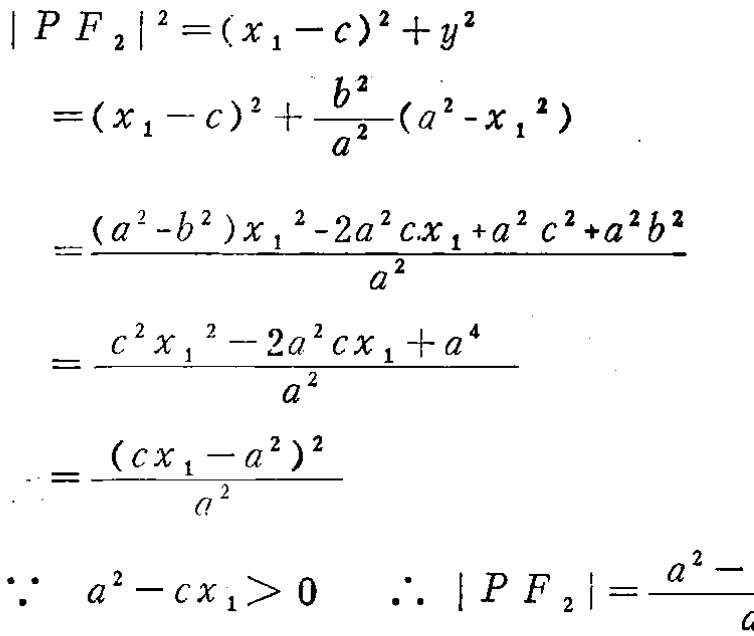
\[
\begin{align*}
\left|PF_{2}\right|^{2}&=(x_{1} - c)^{2}+y^{2}\\
&=(x_{1} - c)^{2}+\frac{b^{2}}{a^{2}}(a^{2}-x_{1}^{2})\\
&=\frac{(a^{2}-b^{2})x_{1}^{2}-2a^{2}cx_{1}+a^{2}c^{2}+a^{2}b^{2}}{a^{2}}\\
&=\frac{c^{2}x_{1}^{2}-2a^{2}cx_{1}+a^{4}}{a^{2}}\\
&=\frac{(cx_{1}-a^{2})^{2}}{a^{2}}\\
\because\ a^{2}-cx_{1}&>0\ \ \therefore\ \left|PF_{2}\right|=\frac{a^{2}-}{a}
\end{align*}
\]